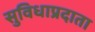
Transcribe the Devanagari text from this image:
सुविधाप्रदाता